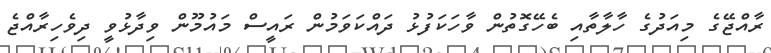
ރާއްޖޭގެ މިއަދުގެ ހާލާތާއި ބެހޭގޮތުން ވާހަކަފުޅު ދައްކަވަމުން ރައީސް މައުމޫން ވިދާޅުވީ ދިވެހިރާއްޖެ